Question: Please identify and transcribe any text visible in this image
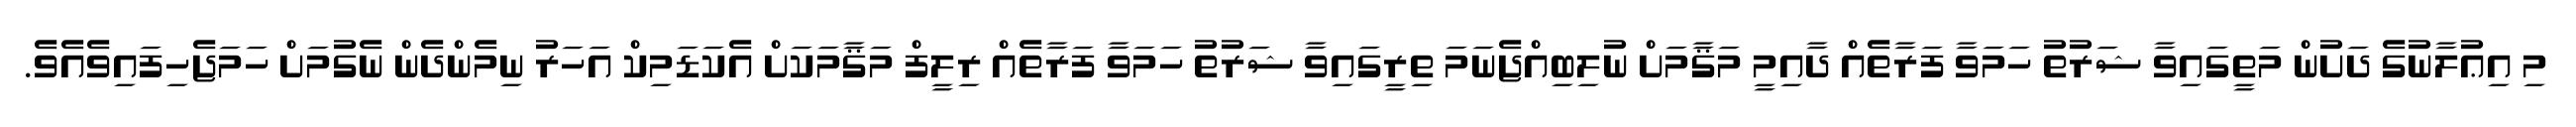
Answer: މި އިޢުލާނުގެ ދަށުން މަތީގައިވާ ޝަރުތު ހަމަވާ ފަރާތެއް ދާއިމީ މަޤާމަށް ނުލިބިއްޖެނަމަ ތިރީގައިވާ ޝަރުތު ހަމަވާ ފަރާތެއް ރިލީފް މަޤާމަކަށް އެކަޑަމިކް އަހަރު ނިމެންދެން ނެގުމަށް ހަމަޖެހިފައިވެއެވެ.